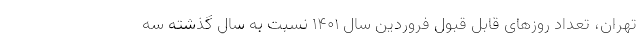
تهران، تعداد روزهای قابل قبول فروردین سال ۱۴۰۱ نسبت به سال گذشته سه